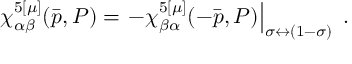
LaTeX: \chi _ { \alpha \beta } ^ { 5 [ \mu ] } ( \bar { p } , P ) = \left. - \chi _ { \beta \alpha } ^ { 5 [ \mu ] } ( - \bar { p } , P ) \right| _ { \sigma \leftrightarrow ( 1 - \sigma ) } \; .